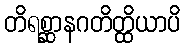
တိရစ္ဆာနဂတိတ္ထိယာပိ